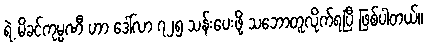
ရဲ့ မိခင်ကုမ္ပဏီ ဟာ ဒေါ်လာ ၇၂၅ သန်းပေးဖို့ သဘောတူလိုက်ရပြီ ဖြစ်ပါတယ်။